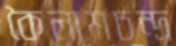
কৈলাশচন্দ্র